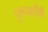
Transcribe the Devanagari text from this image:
पुण्याशीही